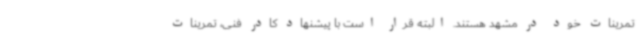
تمرینات خود در مشهد هستند. البته قرار است با پیشنهاد کادر فنی، تمرینات